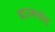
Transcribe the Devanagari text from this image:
डाउनलोड़